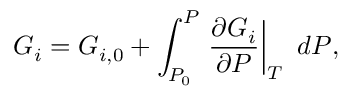
G _ { i } = G _ { i , 0 } + \int _ { P _ { 0 } } ^ { P } \left. \frac { \partial G _ { i } } { \partial P } \right\vert _ { T } ~ d P ,